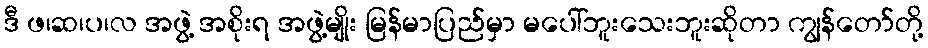
ဒီ ဖ၊ဆ၊ပ၊လ အဖွဲ့ အစိုးရ အဖွဲ့မျိုး မြန်မာပြည်မှာ မပေါ်ဘူးသေးဘူးဆိုတာ ကျွန်တော်တို့